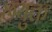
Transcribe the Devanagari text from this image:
छयुक्त